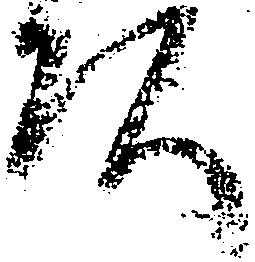
頭